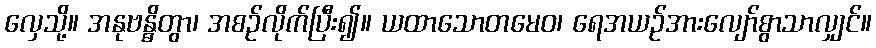
လှေသို့။ အနုဗန္ဓိတွာ၊ အစဉ်လိုက်ပြီး၍။ ယထာသောတမေဝ၊ ရေအယဉ်အားလျော်စွာသာလျှင်။